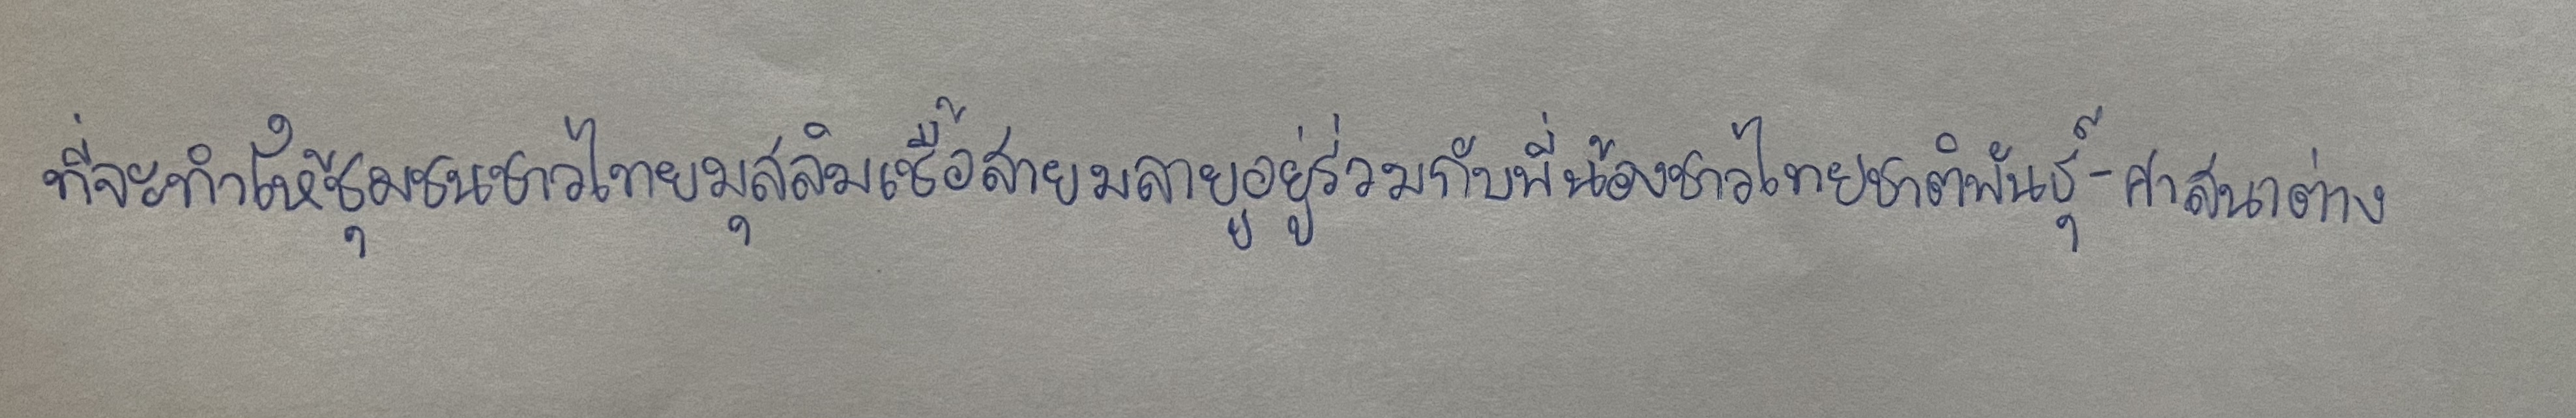
ที่จะทำให้ชุมชนชาวไทยมุสลิมเชื้อสายมลายูอยู่ร่วมกับพี่น้องชาวไทยชาติพันธุ์-ศาสนาต่าง